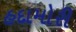
હદામોરી